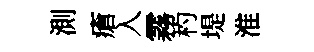
測瘡入霧杓堤淮